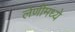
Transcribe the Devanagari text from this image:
लेणींमध्ये